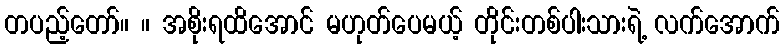
တပည့်တော်။ ။ အစိုးရထိအောင် မဟုတ်ပေမယ့် တိုင်းတစ်ပါးသားရဲ့ လက်အောက်